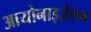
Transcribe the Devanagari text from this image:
आयोनाइज़ेशन